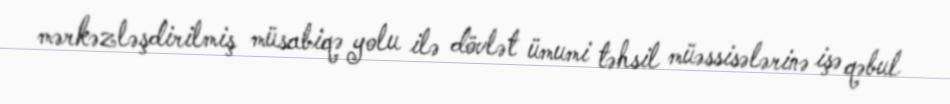
mərkəzləşdirilmiş müsabiqə yolu ilə dövlət ümumi təhsil müəssisələrinə işə qəbul